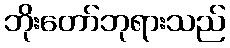
ဘိုးတော်ဘုရားသည်